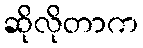
ဆိုလိုတာက